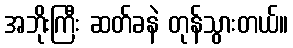
အဘိုးကြီး ဆတ်ခနဲ တုန်သွားတယ်။